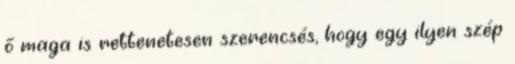
ő maga is rettenetesen szerencsés, hogy egy ilyen szép